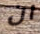
ان